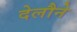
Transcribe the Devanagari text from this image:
देलौने